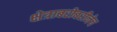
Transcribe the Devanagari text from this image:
क्षेत्राबरोबरीनेच